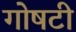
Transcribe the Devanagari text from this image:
गोषटी